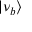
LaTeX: | \nu _ { b } \rangle